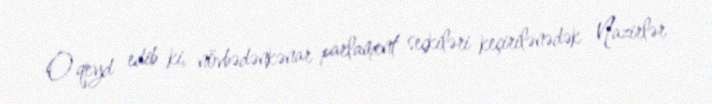
O qeyd edib ki, növbədənkənar parlament seçkiləri keçirilənədək Nazirlər